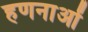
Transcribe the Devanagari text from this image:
हणनाओं